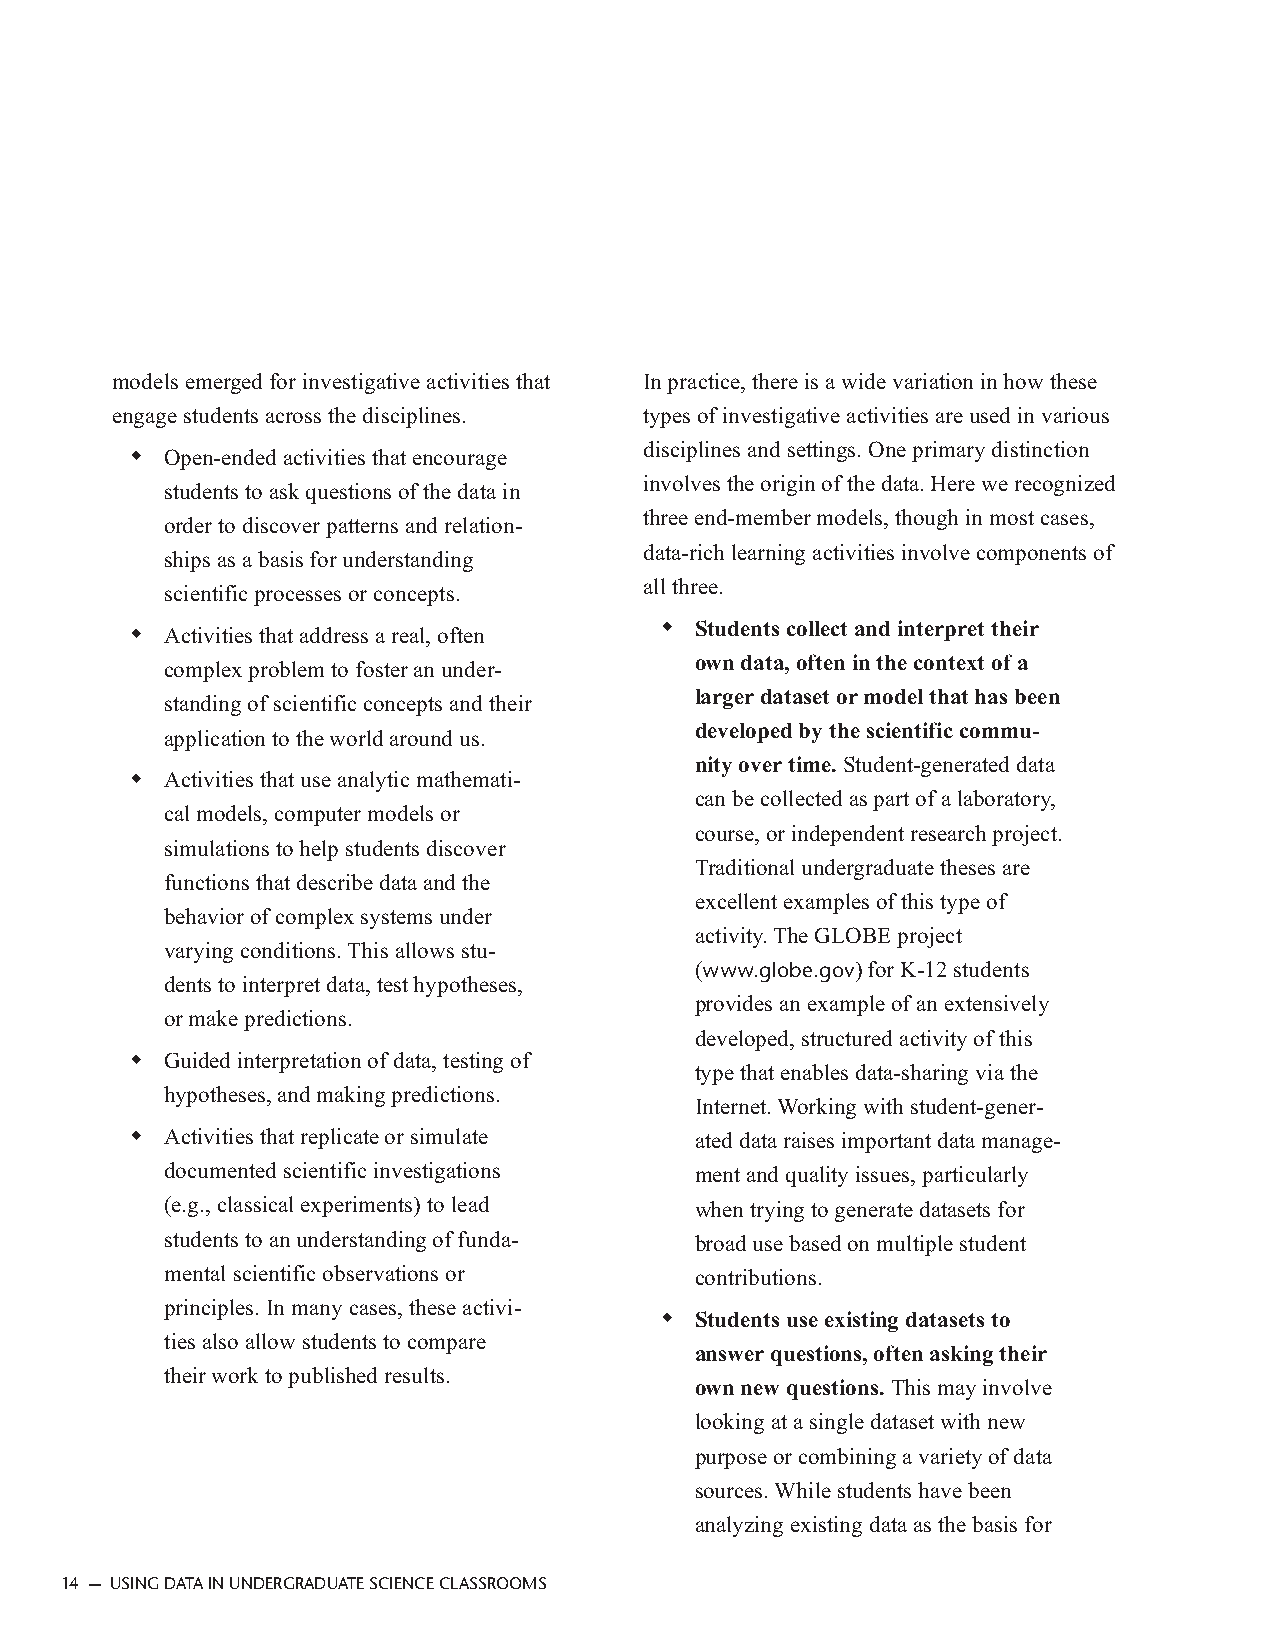
models emerged for investigative activities that In practice, there is a wide variation in how these
 engage students across the disciplines. types of investigative activities are used in various
 disciplines and settings. One primary distinction
 ◆ Open-ended activities that encourage
 involves the origin of the data. Here we recognized
 students to ask questions of the data in
 three end-member models, though in most cases,
 order to discover patterns and relation-
 data-rich learning activities involve components of
 ships as a basis for understanding
 all three.
 scientific processes or concepts.
 ◆ Students collect and interpret their
 ◆ Activities that address a real, often
 own data, often in the context of a
 complex problem to foster an under-
 larger dataset or model that has been
 standing of scientific concepts and their
 developed by the scientific commu-
 application to the world around us.
 nity over time. Student-generated data
 ◆ Activities that use analytic mathemati-
 can be collected as part of a laboratory,
 cal models, computer models or
 course, or independent research project.
 simulations to help students discover
 Traditional undergraduate theses are
 functions that describe data and the
 excellent examples of this type of
 behavior of complex systems under
 activity. The GLOBE project
 varying conditions. This allows stu-
 (www.globe.gov) for K-12 students
 dents to interpret data, test hypotheses,
 provides an example of an extensively
 or make predictions.
 developed, structured activity of this
 ◆ Guided interpretation of data, testing of
 type that enables data-sharing via the
 hypotheses, and making predictions.
 Internet. Working with student-gener-
 ◆ Activities that replicate or simulate ated data raises important data manage-
 documented scientific investigations ment and quality issues, particularly
 (e.g., classical experiments) to lead when trying to generate datasets for
 students to an understanding of funda- broad use based on multiple student
 mental scientific observations or  contributions.
 principles. In many cases, these activi-
 ◆ Students use existing datasets to
 ties also allow students to compare
 answer questions, often asking their
 their work to published results.
 own new questions. This may involve
 looking at a single dataset with new
 purpose or combining a variety of data
 sources. While students have been
 analyzing existing data as the basis for
 14 — USING DATA IN UNDERGRADUATE SCIENCE CLASSROOMS